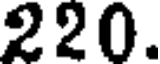
220.